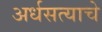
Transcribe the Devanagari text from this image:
अर्धसत्याचे